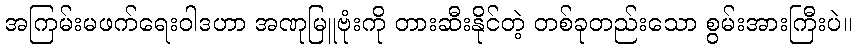
အကြမ်းမဖက်ရေးဝါဒဟာ အဏုမြူဗုံးကို တားဆီးနိုင်တဲ့ တစ်ခုတည်းသော စွမ်းအားကြီးပဲ။